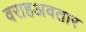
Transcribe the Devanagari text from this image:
वराहअवतार